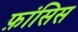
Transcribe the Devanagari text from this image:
फ़ांसिस